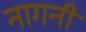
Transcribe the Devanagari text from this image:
नागनी